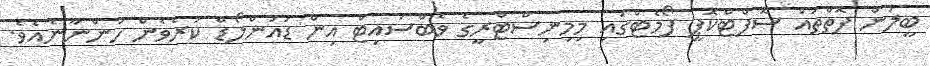
ބީލަން ފޮތްތައް ސޮފްޓްކޮޕީ ފޯމެޓްގައި މިމިނިސްޓްރީގެ ވެބްސައިޓް އިން ޑައުންލޯޑް ކުރެވެން ހުންނާނެއެވެ.